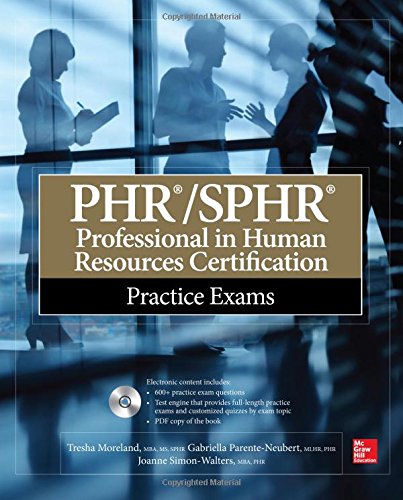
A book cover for PHR/SPHR Professional in Human Resources Certification Practice Exams (All-in-One); Tresha Moreland; Test Preparation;